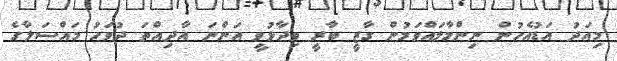
މިއަދު އަޑުއެހުން ނިންމާލައްވަމުން ގާޒީ ބާރީ ވިދާޅުވީ އަންނަ އާދިއްތަ ދުވަހު މައްސަލާގެ